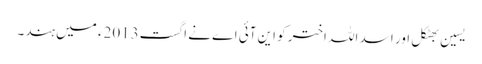
یسین بھٹکل اور اسد اللہ اختر کو این آئی اے نے اگست2013ء میں ہند۔